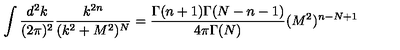
\int \frac { d ^ { 2 } k } { ( 2 \pi ) ^ { 2 } } \frac { k ^ { 2 n } } { ( k ^ { 2 } + M ^ { 2 } ) ^ { N } } = \frac { \Gamma ( n + 1 ) \Gamma ( N - n - 1 ) } { 4 \pi \Gamma ( N ) } ( M ^ { 2 } ) ^ { n - N + 1 } \,